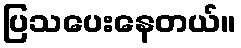
ပြသပေးနေတယ်။